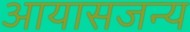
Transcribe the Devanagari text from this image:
आयासजन्य